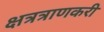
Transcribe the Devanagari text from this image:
क्षत्रत्राणकरी